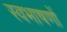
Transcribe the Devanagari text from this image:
स्वभाषणों